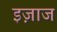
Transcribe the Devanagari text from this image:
इज़ाज